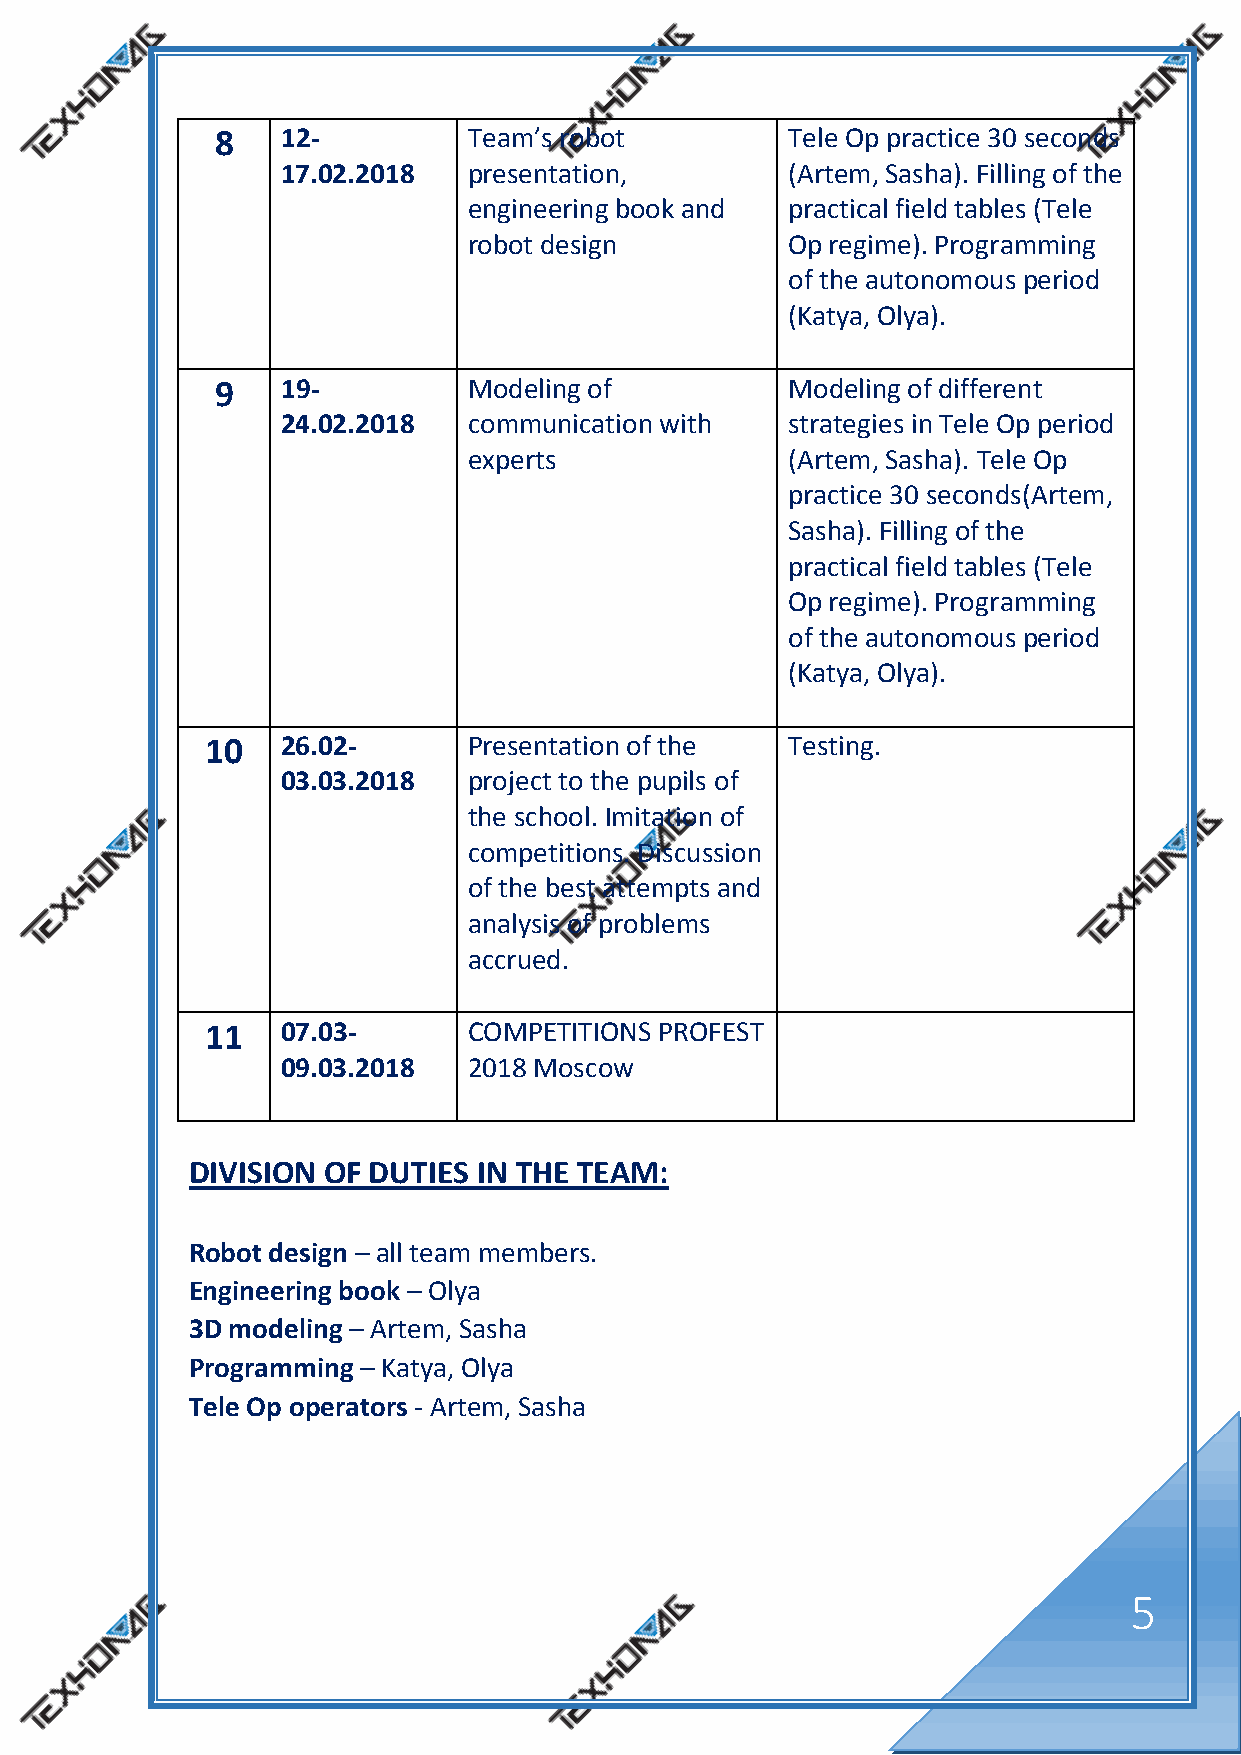
8    12-         Team’s robot         Tele Op practice 30 seconds
 17.02.2018  presentation,        (Artem, Sasha). Filling of the
 engineering book and practical field tables (Tele
 robot design         Op regime). Programming
 of the autonomous period
 (Katya, Olya).
 9    19-         Modeling of          Modeling of different
 24.02.2018  communication with   strategies in Tele Op period
 experts              (Artem, Sasha). Tele Op
 practice 30 seconds(Artem,
 Sasha). Filling of the
 practical field tables (Tele
 Op regime). Programming
 of the autonomous period
 (Katya, Olya).
 10   26.02-      Presentation of the  Testing.
 03.03.2018  project to the pupils of
 the school. Imitation of
 competitions. Discussion
 of the best attempts and
 analysis of problems
 accrued.
 11   07.03-      COMPETITIONS PROFEST
 09.03.2018  2018 Moscow
 DIVISION OF DUTIES IN THE TEAM:
 Robot design – all team members.
 Engineering book – Olya
 3D modeling – Artem, Sasha
 Programming – Katya, Olya
 Tele Op operators - Artem, Sasha
 5